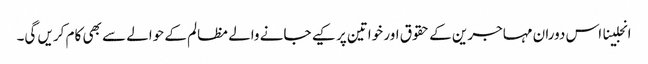
انجلینا اس دوران مہاجرین کے حقوق اور خواتین پر کیے جانے والے مظالم کے حوالے سے بھی کام کریں گی۔